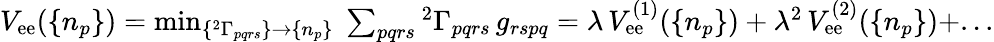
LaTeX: \begin{array}{r}{V_{\mathrm{ee}}(\{ n_{p}\} )=\operatorname*{min}_{\{ {^{2}\Gamma_{pqrs}}\} \to\{ n_{p}\} }\; \sum_{pqrs}{^{2}\Gamma}_{pqrs}\, g_{rspq}=\lambda\, V_{\mathrm{ee}}^{(1)}(\{ n_{p}\} )+\lambda^{2}\, V_{\mathrm{ee}}^{(2)}(\{ n_{p}\} )+...}\end{array}